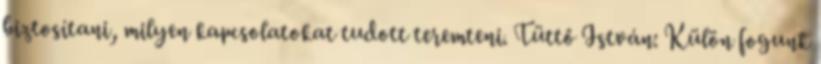
biztosítani, milyen kapcsolatokat tudott teremteni. Tüttő István: Külön fogunk